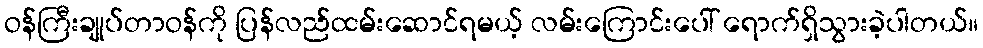
ဝန်ကြီးချုပ်တာဝန်ကို ပြန်လည်ထမ်းဆောင်ရမယ့် လမ်းကြောင်းပေါ် ရောက်ရှိသွားခဲ့ပါတယ်။